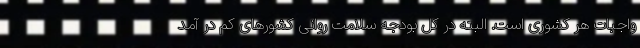
واجبات هر کشوری است. البته در کل بودجه سلامت روانی کشورهای کم در آمد